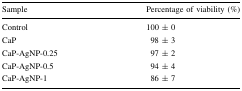
<table><thead><tr><td><b>Sample</b></td><td><b>Percentage of viability (%)</b></td></tr></thead><tbody><tr><td>Control</td><td>100 ± 0</td></tr><tr><td>CaP</td><td>98 ± 3</td></tr><tr><td>CaP-AgNP-0.25</td><td>97 ± 2</td></tr><tr><td>CaP-AgNP-0.5</td><td>94 ± 4</td></tr><tr><td>CaP-AgNP-1</td><td>86 ± 7</td></tr></tbody></table>